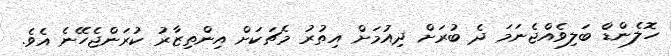
ހޮލެންޑް ބަލިވެއްޖެނަމަ ދެ ބުރަށް ދިއުމަށް އިތުރު މެޗަކަށް އިންތިޒާރު ކުރަންޖެހޭނެ އެވެ.